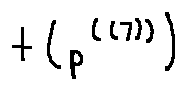
t ( p ^ { ( ( 7 ) ) } )